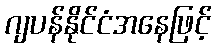
ဂျပန်နိုင်ငံအနေဖြင့်